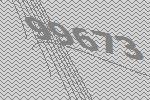
99673